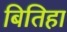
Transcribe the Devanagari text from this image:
बितिहा